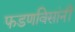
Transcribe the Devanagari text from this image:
फडणविसांनीं